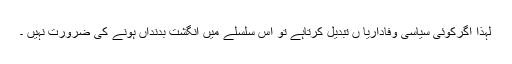
لہٰذا اگرکوئی سیاسی وفاداریا ں تبدیل کرتاہے تو اس سلسلے میں انگشت بدنداں ہونے کی ضرورت نہیں ۔